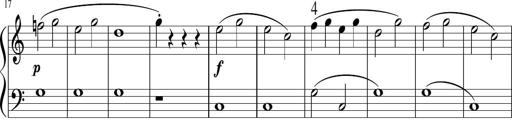
Title: 6 Instructive Sonatinas
Composer: Jacob Schmitt